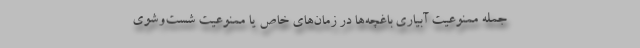
جمله ممنوعیت آبیاری باغچه‌ها در زمان‌های خاص یا ممنوعیت شست‌وشوی